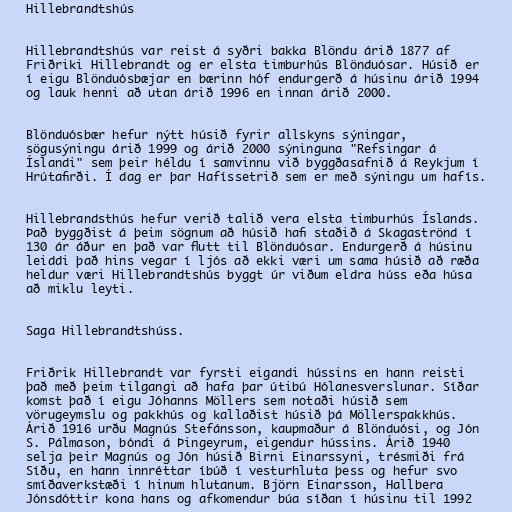
Hillebrandtshús

Hillebrandtshús var reist á syðri bakka Blöndu árið 1877 af
Friðriki Hillebrandt og er elsta timburhús Blönduósar. Húsið er
í eigu Blönduósbæjar en bærinn hóf endurgerð á húsinu árið 1994
og lauk henni að utan árið 1996 en innan árið 2000.

Blönduósbær hefur nýtt húsið fyrir allskyns sýningar,
sögusýningu árið 1999 og árið 2000 sýninguna "Refsingar á
Íslandi" sem þeir héldu í samvinnu við byggðasafnið á Reykjum í
Hrútafirði. Í dag er þar Hafíssetrið sem er með sýningu um hafís.

Hillebrandsthús hefur verið talið vera elsta timburhús Íslands.
Það byggðist á þeim sögnum að húsið hafi staðið á Skagaströnd í
130 ár áður en það var flutt til Blönduósar. Endurgerð á húsinu
leiddi það hins vegar í ljós að ekki væri um sama húsið að ræða
heldur væri Hillebrandtshús byggt úr viðum eldra húss eða húsa
að miklu leyti.

Saga Hillebrandtshúss.

Friðrik Hillebrandt var fyrsti eigandi hússins en hann reisti
það með þeim tilgangi að hafa þar útibú Hólanesverslunar. Síðar
komst það í eigu Jóhanns Möllers sem notaði húsið sem
vörugeymslu og pakkhús og kallaðist húsið þá Möllerspakkhús.
Árið 1916 urðu Magnús Stefánsson, kaupmaður á Blönduósi, og Jón
S. Pálmason, bóndi á Þingeyrum, eigendur hússins. Árið 1940
selja þeir Magnús og Jón húsið Birni Einarssyni, trésmiði frá
Síðu, en hann innréttar íbúð í vesturhluta þess og hefur svo
smíðaverkstæði í hinum hlutanum. Björn Einarsson, Hallbera
Jónsdóttir kona hans og afkomendur búa síðan í húsinu til 1992